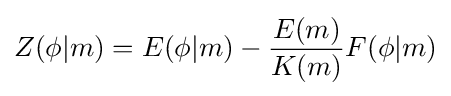
Z(\phi |m)=E(\phi |m)-{\frac {E(m)}{K(m)}}F(\phi |m)